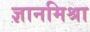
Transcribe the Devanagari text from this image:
ज्ञानमिश्रा